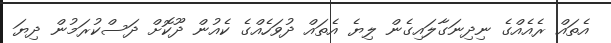
އެތައް ރެއެއްގެ ނިދިނަގާލައިގެން ލިޔެ އެތައް ދުވަހެއްގެ ކެއުން ދޫކޮށް ދަސްކުރަމުން ދިޔަ